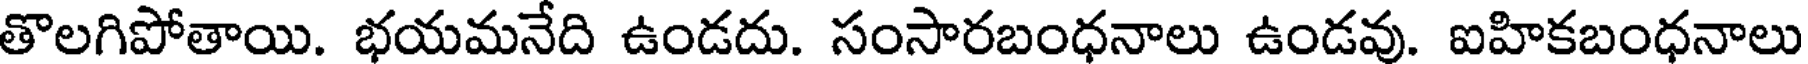
తొలగిపోతాయి. భయమనేది ఉండదు. సంసారబంధనాలు ఉండవు. ఐహికబంధనాలు